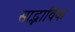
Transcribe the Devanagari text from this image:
साद्भाविक